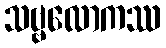
သဗ္ဗလောကဿ